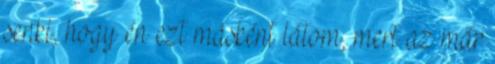
senki, hogy én ezt másként látom, mert az már